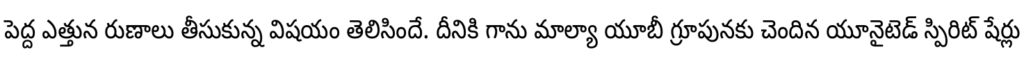
పెద్ద ఎత్తున రుణాలు తీసుకున్న విషయం తెలిసిందే. దీనికి గాను మాల్యా యూబీ గ్రూపునకు చెందిన యూనైటెడ్ స్పిరిట్ షేర్లు